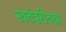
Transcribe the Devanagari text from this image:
स्वतंत्ररीतया